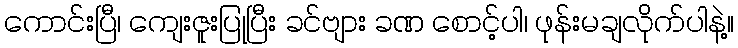
ကောင်းပြီ၊ ကျေးဇူးပြုပြီး ခင်ဗျား ခဏ စောင့်ပါ၊ ဖုန်းမချလိုက်ပါနဲ့။